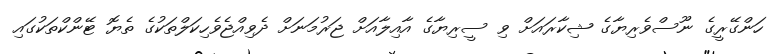
ހަންގޭރީގެ ނޫސްވެރިޔާގެ ޝިކާރައަށް ވި ސީރިޔާގެ އާއިލާއަށް ޖަރުމަނަށް ދެވިއްޖެވެހިކަލްތަކުގެ ތެޔޮ ޓޭންކްތަކުގައި